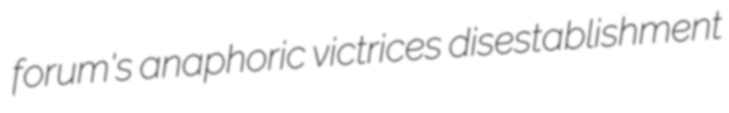
forum's anaphoric victrices disestablishment